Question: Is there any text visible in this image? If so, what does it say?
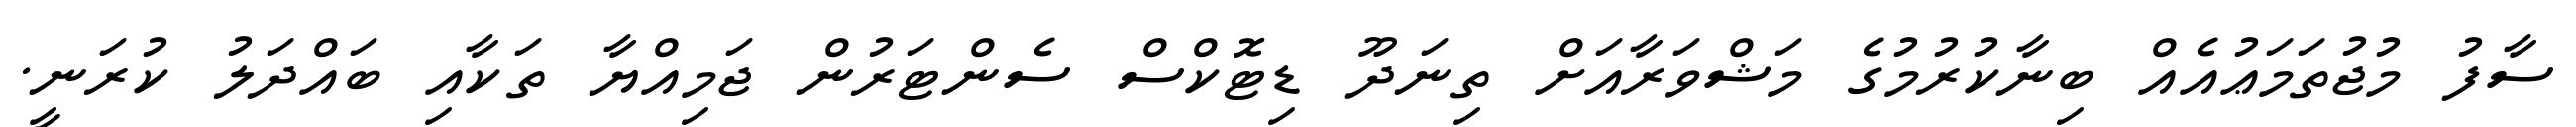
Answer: ސާފު މުޖުތަމަޢުއެއް ބިނާކުރުމުގެ މަޝްވަރާއަށް ތިނަދޫ ޑިޓޮކްސް ސެންޓަރުން ޖަމިއްޔާ ތަކާއި ބައްދަލު ކުރަނީ.